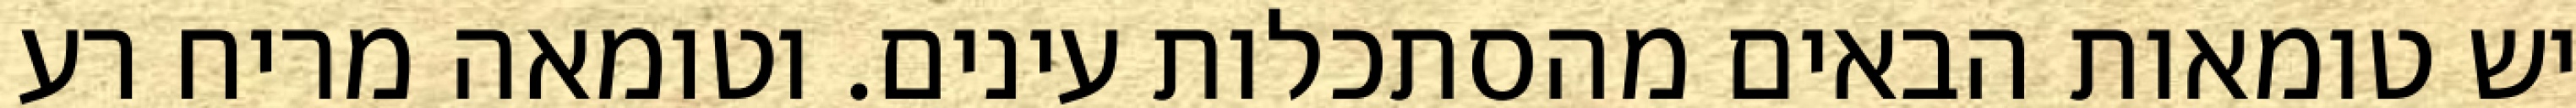
יש טומאות הבאים מהסתכלות עינים. וטומאה מריח רע